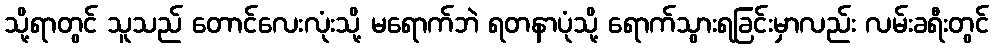
သို့ရာတွင် သူသည် တောင်လေးလုံးသို့ မရောက်ဘဲ ရတနာပုံသို့ ရောက်သွားရခြင်းမှာလည်း လမ်းခရီးတွင်